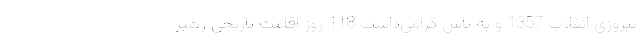
پیروزی انقلاب 1357 و به پاس گرامی‌داشتِ 118 روز اقامت تاریخی رهبر